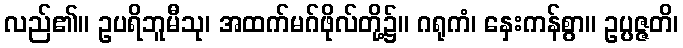
လည်၏။ ဥပရိဘူမီသု၊ အထက်မဂ်ဖိုလ်တို့၌။ ဂရုကံ၊ နှေးကန်စွာ။ ဥပ္ပဇ္ဇတိ၊